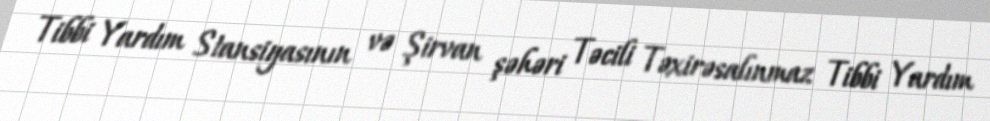
Tibbi Yardım Stansiyasının və Şirvan şəhəri Təcili Təxirəsalınmaz Tibbi Yardım